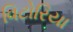
વિટોરિયા